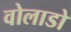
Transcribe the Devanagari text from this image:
वोलाडो